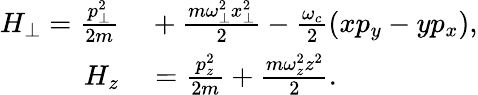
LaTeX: \begin{array}{rl}{H_{\perp}=\frac{p_{\perp}^{2}}{2m}}&{{}+\frac{m\omega_{\perp}^{2}x_{\perp}^{2}}{2}-\frac{\omega_{c}}{2}(xp_{y}-yp_{x}),}\\ {H_{z}}&{{}=\frac{p_{z}^{2}}{2m}+\frac{m\omega_{z}^{2}z^{2}}{2}.}\end{array}